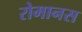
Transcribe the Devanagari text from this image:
रोमानस